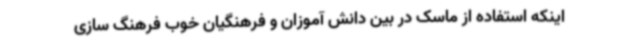
اینکه استفاده از ماسک در بین دانش آموزان و فرهنگیان خوب فرهنگ سازی